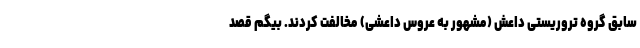
سابق گروه تروریستی داعش (مشهور به عروس داعشی) مخالفت کردند. بیگم قصد